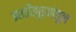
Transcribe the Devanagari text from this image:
झाडीझुडपांतून